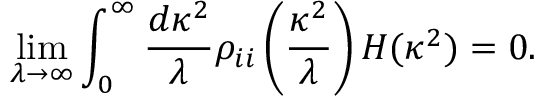
\operatorname * { l i m } _ { \lambda \rightarrow \infty } \int _ { 0 } ^ { \infty } \frac { d \kappa ^ { 2 } } { \lambda } \rho _ { i i } \left( \frac { \kappa ^ { 2 } } { \lambda } \right) H ( \kappa ^ { 2 } ) = 0 .